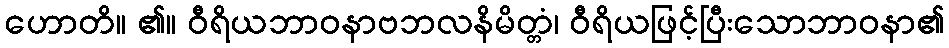
ဟောတိ။ ၏။ ဝီရိယဘာဝနာဗဘလနိမိတ္တံ၊ ဝီရိယဖြင့်ပြီးသောဘာဝနာ၏